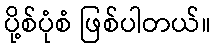
ပို့စ်ပုံစံ ဖြစ်ပါတယ်။